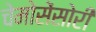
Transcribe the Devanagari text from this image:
चेमोसेंसोरी